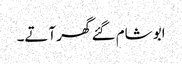
ابو شام گئے گھر آتے۔